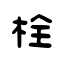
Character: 栓